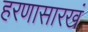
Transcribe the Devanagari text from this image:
हरणासारखं